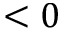
< 0